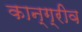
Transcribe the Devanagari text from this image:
कान्ग्रीव